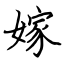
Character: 嫁